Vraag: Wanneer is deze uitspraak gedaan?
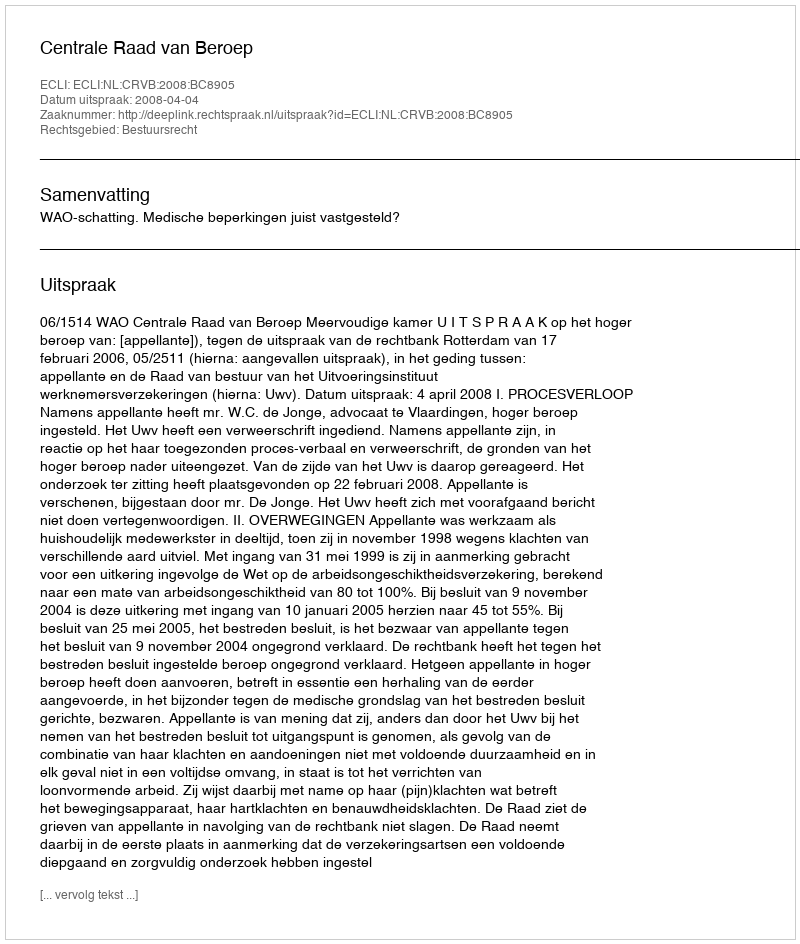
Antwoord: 2008-04-04